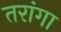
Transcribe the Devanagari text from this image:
तरांगा